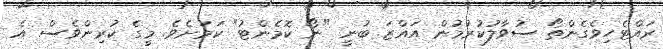
ރައްޓެހިވެގެންތޯ ސުވާލުކުރުމުން އައްޒަ ބުނީ "ނޯ ކޮމެންޓު" ކަމަށެވެ. މީގެ ކުރިންވެސް އެ